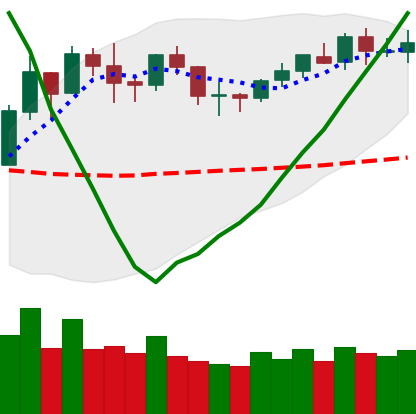
Ticker: BNB-USD
Chart end date: 2020-02-02
Forward return: 19.59%
Label: up_7plus